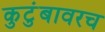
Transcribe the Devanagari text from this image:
कुटुंबावरच